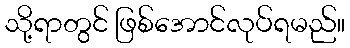
သို့ရာတွင် ဖြစ်အောင်လုပ်ရမည်။